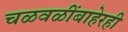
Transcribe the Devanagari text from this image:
चळवळींबाहेरही